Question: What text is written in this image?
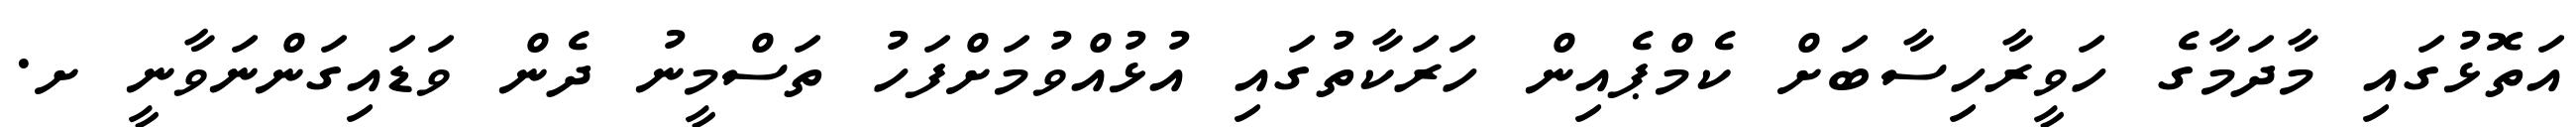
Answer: އަތޮޅުގައި މާދަމާގެ ހަވީރާހިސާބަށް ކެމްޕެއިން ހަރަކާތުގައި އުޅުއްވުމަށްފަހު ތަސްމީނު ދެން ވަޑައިގަންނަވާނީ ށ.